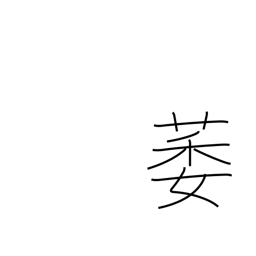
Meaning: lame